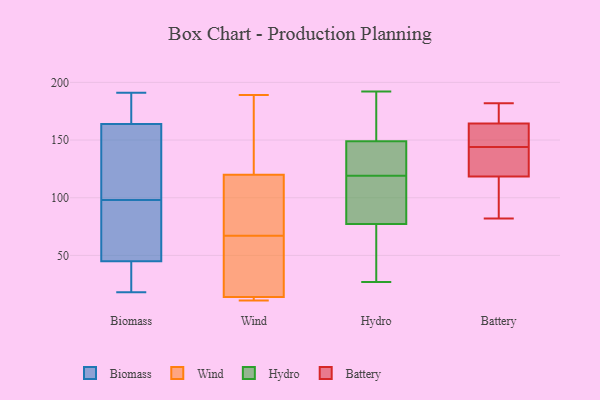
{"axis": {"x": "Production Output", "y": "Value"}, "legend": ["Battery", "Biomass", "Hydro", "Wind"], "data": [{"x": "", "y": 75, "type": "Biomass"}, {"x": "", "y": 191, "type": "Biomass"}, {"x": "", "y": 18, "type": "Biomass"}, {"x": "", "y": 32, "type": "Biomass"}, {"x": "", "y": 45, "type": "Biomass"}, {"x": "", "y": 54, "type": "Biomass"}, {"x": "", "y": 166, "type": "Biomass"}, {"x": "", "y": 123, "type": "Biomass"}, {"x": "", "y": 180, "type": "Biomass"}, {"x": "", "y": 164, "type": "Biomass"}, {"x": "", "y": 137, "type": "Biomass"}, {"x": "", "y": 121, "type": "Biomass"}, {"x": "", "y": 70, "type": "Biomass"}, {"x": "", "y": 27, "type": "Biomass"}, {"x": "", "y": 189, "type": "Wind"}, {"x": "", "y": 14, "type": "Wind"}, {"x": "", "y": 176, "type": "Wind"}, {"x": "", "y": 82, "type": "Wind"}, {"x": "", "y": 14, "type": "Wind"}, {"x": "", "y": 69, "type": "Wind"}, {"x": "", "y": 147, "type": "Wind"}, {"x": "", "y": 11, "type": "Wind"}, {"x": "", "y": 65, "type": "Wind"}, {"x": "", "y": 12, "type": "Wind"}, {"x": "", "y": 93, "type": "Wind"}, {"x": "", "y": 45, "type": "Wind"}, {"x": "", "y": 37, "type": "Hydro"}, {"x": "", "y": 152, "type": "Hydro"}, {"x": "", "y": 106, "type": "Hydro"}, {"x": "", "y": 185, "type": "Hydro"}, {"x": "", "y": 148, "type": "Hydro"}, {"x": "", "y": 192, "type": "Hydro"}, {"x": "", "y": 51, "type": "Hydro"}, {"x": "", "y": 86, "type": "Hydro"}, {"x": "", "y": 125, "type": "Hydro"}, {"x": "", "y": 139, "type": "Hydro"}, {"x": "", "y": 119, "type": "Hydro"}, {"x": "", "y": 27, "type": "Hydro"}, {"x": "", "y": 103, "type": "Hydro"}, {"x": "", "y": 165, "type": "Battery"}, {"x": "", "y": 90, "type": "Battery"}, {"x": "", "y": 164, "type": "Battery"}, {"x": "", "y": 148, "type": "Battery"}, {"x": "", "y": 114, "type": "Battery"}, {"x": "", "y": 82, "type": "Battery"}, {"x": "", "y": 182, "type": "Battery"}, {"x": "", "y": 120, "type": "Battery"}, {"x": "", "y": 149, "type": "Battery"}, {"x": "", "y": 140, "type": "Battery"}, {"x": "", "y": 139, "type": "Battery"}, {"x": "", "y": 175, "type": "Battery"}, {"x": "", "y": 144, "type": "Battery"}]}